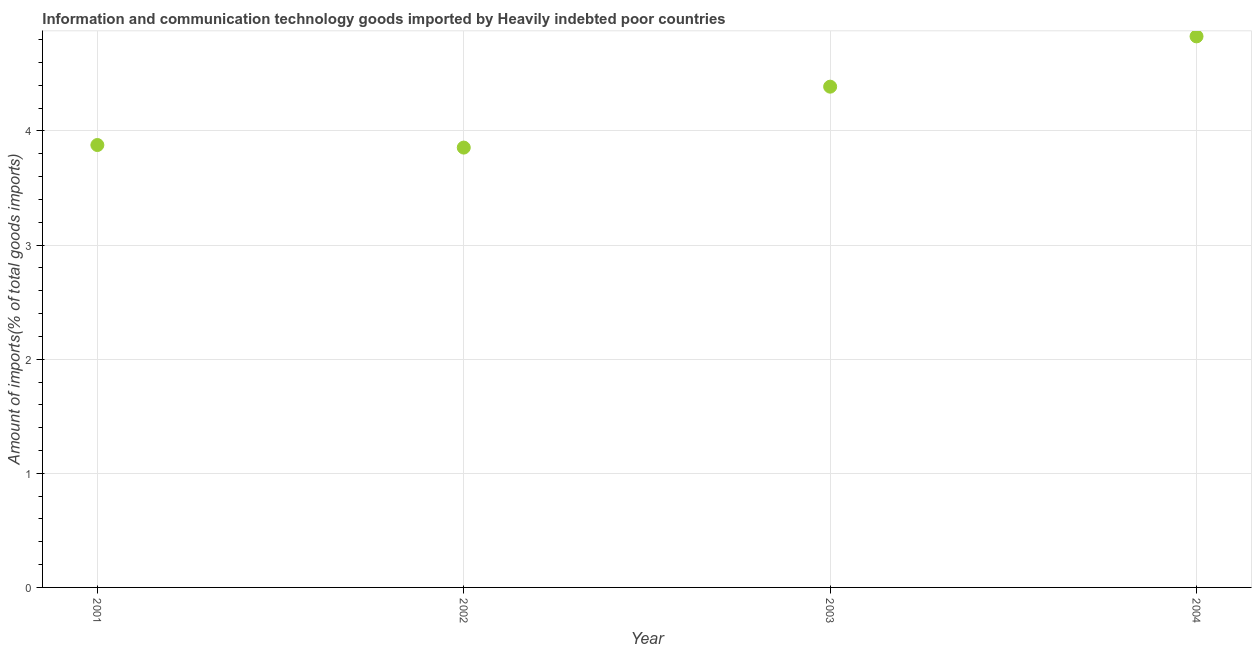
| Year | ICT goods imports |
 | --- | --- |
 | 2001 | 3.88 |
 | 2002 | 3.85 |
 | 2003 | 4.39 |
 | 2004 | 4.83 |